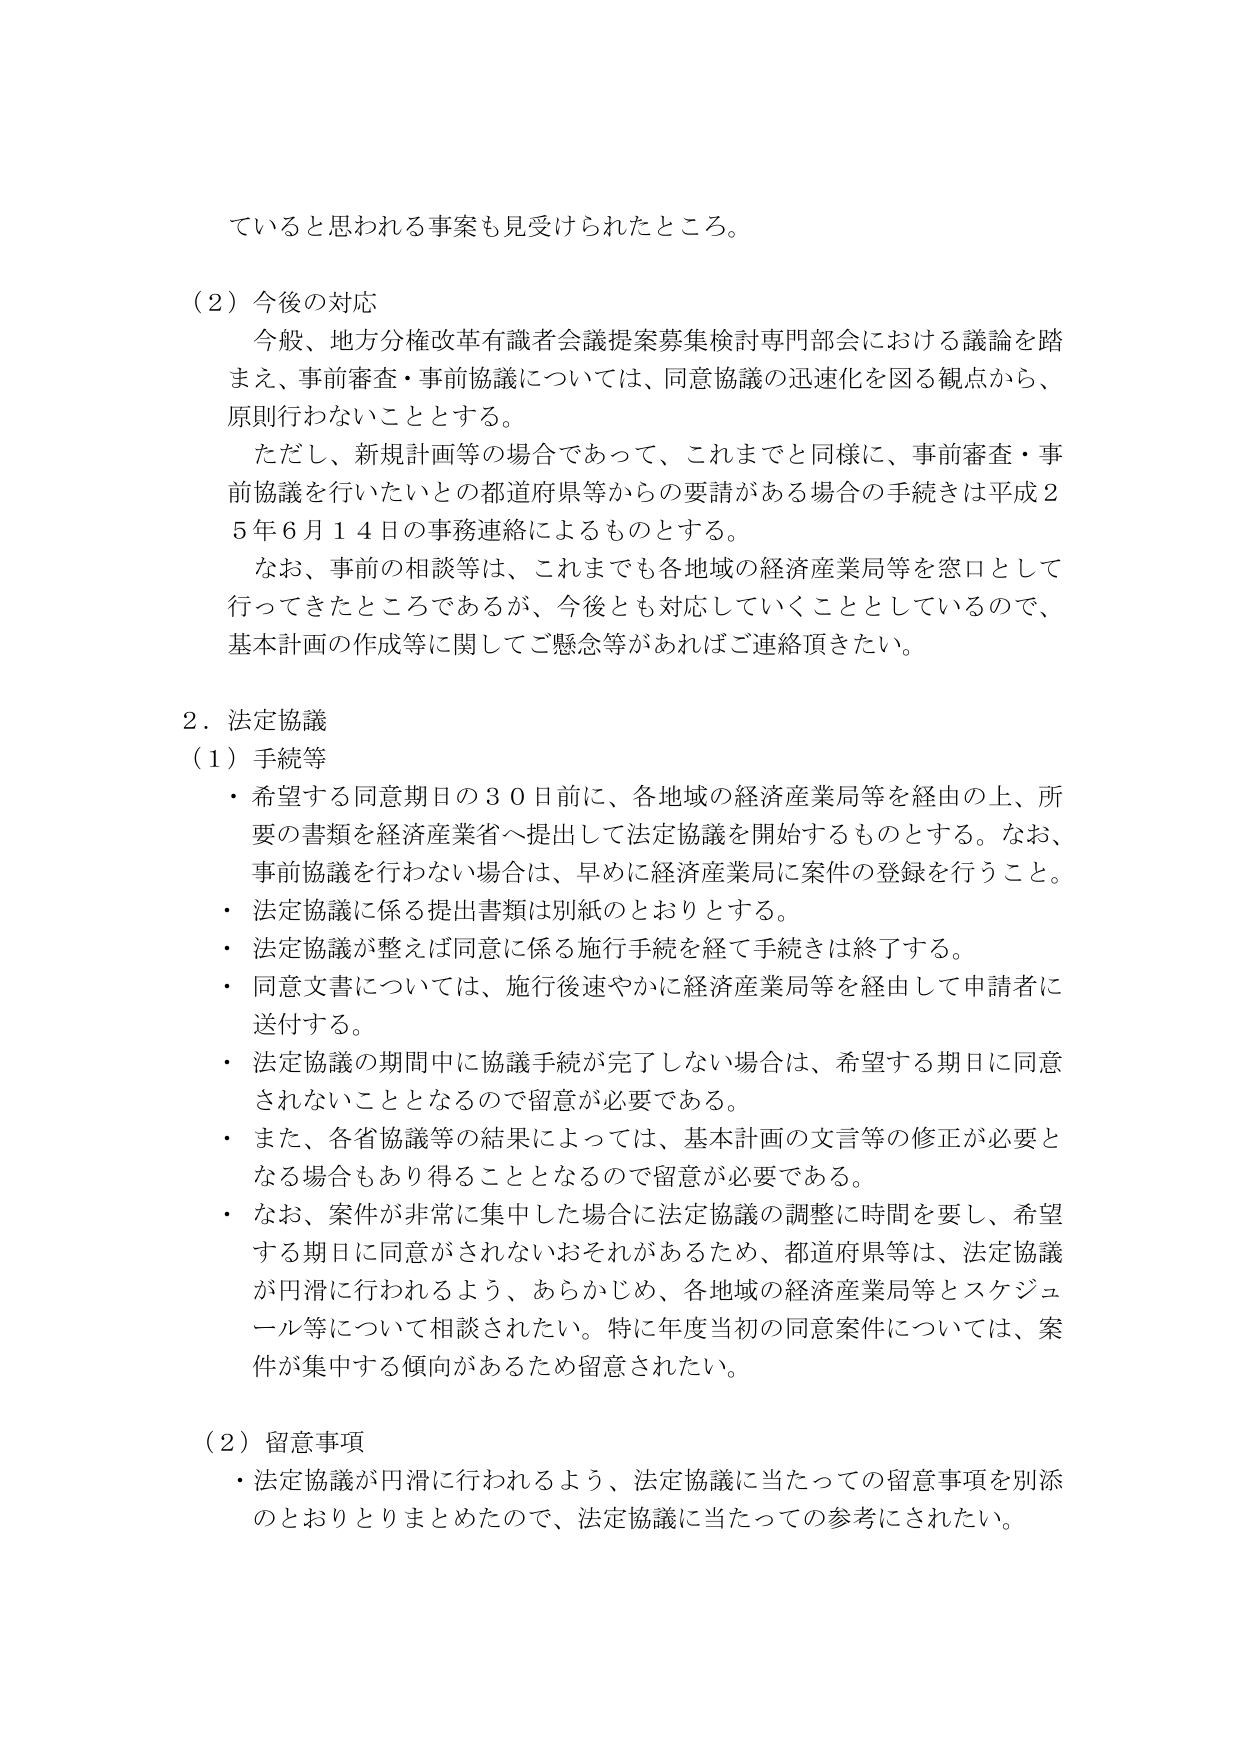
ていると思われる事案も見受けられたところ。

（２）今後の対応
　今般、地方分権改革有識者会議提案募集検討専門部会における議論を踏
まえ、事前審査・事前協議については、同意協議の迅速化を図る観点から、
原則行わないこととする。
　ただし、新規計画等の場合であって、これまでと同様に、事前審査・事
前協議を行いたいとの都道府県等からの要請がある場合の手続きは平成２
５年６月１４日の事務連絡によるものとする。
　なお、事前の相談等は、これまでも各地域の経済産業局等を窓口として
行ってきたところであるが、今後とも対応していくこととしているので、
基本計画の作成等に関してご懸念等があればご連絡頂きたい。

２．法定協議
（１）手続等
・希望する同意期日の３０日前に、各地域の経済産業局等を経由の上、所
要の書類を経済産業省へ提出して法定協議を開始するものとする。なお、
事前協議を行わない場合は、早めに経済産業局に案件の登録を行うこと。
・法定協議に係る提出書類は別紙のとおりとする。
・法定協議が整えば同意に係る施行手続を経て手続きは終了する。
・同意文書については、施行後速やかに経済産業局等を経由して申請者に
送付する。
・法定協議の期間中に協議手続が完了しない場合は、希望する期日に同意
されないこととなるので留意が必要である。
・また、各省協議等の結果によっては、基本計画の文言等の修正が必要と
なる場合もあり得ることとなるので留意が必要である。
・なお、案件が非常に集中した場合に法定協議の調整に時間を要し、希望
する期日に同意がされないおそれがあるため、都道府県等は、法定協議
が円滑に行われるよう、あらかじめ、各地域の経済産業局等とスケジュ
ール等について相談されたい。特に年度当初の同意案件については、案
件が集中する傾向があるため留意されたい。

（２）留意事項
・法定協議が円滑に行われるよう、法定協議に当たっての留意事項を別添
のとおりとりまとめたので、法定協議に当たっての参考にされたい。